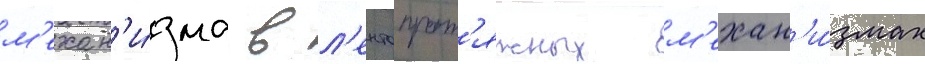
м'ехан'и́зма в л'ентопрот'яжных м'ехан'и́змах